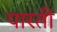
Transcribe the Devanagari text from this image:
पारती